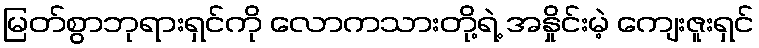
မြတ်စွာဘုရားရှင်ကို လောကသားတို့ရဲ့ အနှိုင်းမဲ့ ကျေးဇူးရှင်